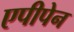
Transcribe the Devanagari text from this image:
एपीपेन